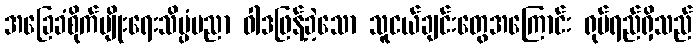
အခြေခံစိုက်ပျိုးရေးသိပ္ပံပညာ ဝါဒဖြန့်ခဲ့သော သူငယ်ချင်းတွေအကြောင်း ရုပ်ရည်ရှိသည်